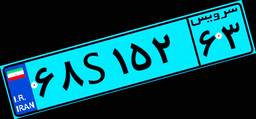
۶۸S۱۵۲۶۳